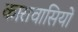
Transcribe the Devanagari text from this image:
कारावासियों